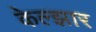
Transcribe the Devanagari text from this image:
केल्झार